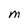
Character: M